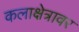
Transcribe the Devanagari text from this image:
कलाक्षेत्रावर